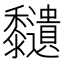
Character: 𪐔